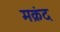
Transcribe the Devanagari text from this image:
मक्रंद